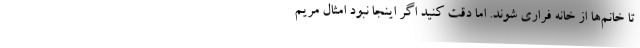
تا خانم‌ها از خانه فراری شوند. اما دقت کنید اگر اینجا نبود امثال مریم